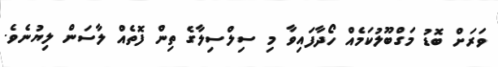
ވަރަށް ބޮޑު މަގްބޫލުކަމެއް ހޯދާފައިވާ މި ސިލްސިލާގެ ތިން ފޮތެއް ލާސަން ލިޔުނެވެ.